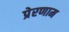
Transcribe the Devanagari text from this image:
प्रेरणाम